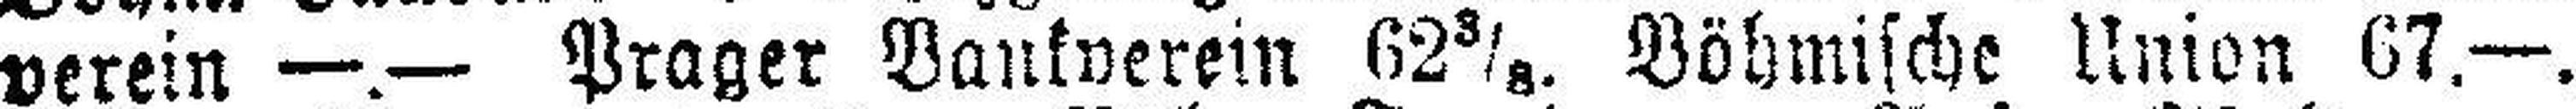
verein —.— Prager Bankverein 62 3/8. Böhmische Union 67.—.